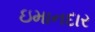
ઇમાનદાર